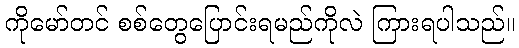
ကိုမော်တင် စစ်တွေပြောင်းရမည်ကိုလဲ ကြားရပါသည်။